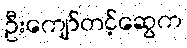
ဦးကျော်တင့်ဆွေက